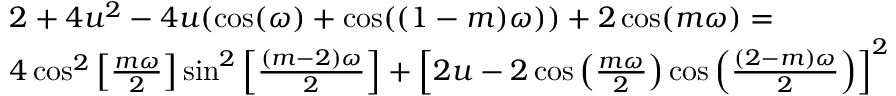
\begin{array} { r l } & { 2 + 4 u ^ { 2 } - 4 u ( \cos ( \omega ) + \cos ( ( 1 - m ) \omega ) ) + 2 \cos ( m \omega ) = } \\ & { 4 \cos ^ { 2 } \left[ \frac { m \omega } { 2 } \right] \sin ^ { 2 } \left[ \frac { ( m - 2 ) \omega } { 2 } \right] + \left[ 2 u - 2 \cos \left( \frac { m \omega } { 2 } \right) \cos \left( \frac { ( 2 - m ) \omega } { 2 } \right) \right] ^ { 2 } } \end{array}